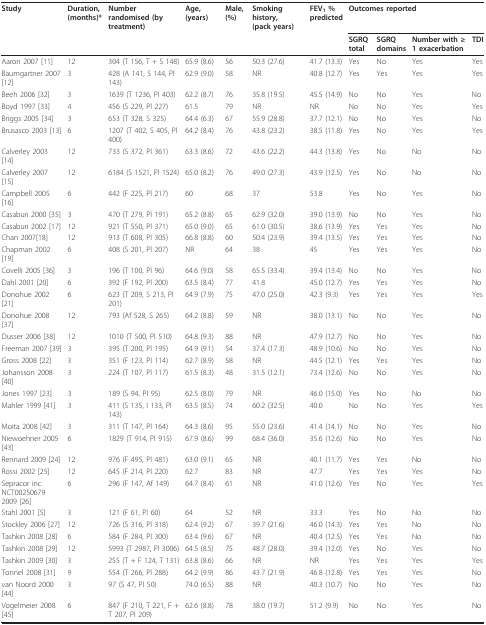
<table><thead><tr><td><b>Study</b></td><td><b>Duration, (months)*</b></td><td><b>Number randomised (by treatment)</b></td><td><b>Age, (years)</b></td><td><b>Male, (%)</b></td><td><b>Smoking history, (pack years)</b></td><td><b>FEV<sub>1 </sub>% predicted</b></td><td colspan="4"><b>Outcomes reported</b></td></tr><tr><td></td><td></td><td></td><td></td><td></td><td></td><td></td><td><b>SGRQ total</b></td><td><b>SGRQ domains</b></td><td><b>Number with ≥ 1 exacerbation</b></td><td><b>TDI</b></td></tr></thead><tbody><tr><td>Aaron 2007 [11]</td><td>12</td><td>304 (T 156, T + S 148)</td><td>65.9 (8.6)</td><td>56</td><td>50.3 (27.6)</td><td>41.7 (13.3)</td><td>Yes</td><td>No</td><td>Yes</td><td>Yes</td></tr><tr><td>Baumgartner 2007 [12]</td><td>3</td><td>428 (A 141, S 144, Pl 143)</td><td>62.9 (9.0)</td><td>58</td><td>NR</td><td>40.8 (12.7)</td><td>Yes</td><td>Yes</td><td>Yes</td><td>Yes</td></tr><tr><td>Beeh 2006 [32]</td><td>3</td><td>1639 (T 1236, Pl 403)</td><td>62.2 (8.7)</td><td>76</td><td>35.8 (19.5)</td><td>45.5 (14.9)</td><td>No</td><td>No</td><td>Yes</td><td>No</td></tr><tr><td>Boyd 1997 [33]</td><td>4</td><td>456 (S 229, Pl 227)</td><td>61.5</td><td>79</td><td>NR</td><td>NR</td><td>No</td><td>No</td><td>Yes</td><td>Yes</td></tr><tr><td>Briggs 2005 [34]</td><td>3</td><td>653 (T 328, S 325)</td><td>64.4 (6.3)</td><td>67</td><td>55.9 (28.8)</td><td>37.7 (12.1)</td><td>No</td><td>No</td><td>Yes</td><td>No</td></tr><tr><td>Brusasco 2003 [13]</td><td>6</td><td>1207 (T 402, S 405, Pl 400)</td><td>64.2 (8.4)</td><td>76</td><td>43.8 (23.2)</td><td>38.5 (11.8)</td><td>Yes</td><td>No</td><td>Yes</td><td>Yes</td></tr><tr><td>Calverley 2003 [14]</td><td>12</td><td>733 (S 372, Pl 361)</td><td>63.3 (8.6)</td><td>72</td><td>43.6 (22.2)</td><td>44.3 (13.8)</td><td>Yes</td><td>No</td><td>No</td><td>No</td></tr><tr><td>Calverley 2007 [15]</td><td>12</td><td>6184 (S 1521, Pl 1524)</td><td>65.0 (8.2)</td><td>76</td><td>49.0 (27.3)</td><td>43.9 (12.5)</td><td>Yes</td><td>No</td><td>No</td><td>No</td></tr><tr><td>Campbell 2005 [16]</td><td>6</td><td>442 (F 225, Pl 217)</td><td>60</td><td>68</td><td>37</td><td>53.8</td><td>Yes</td><td>No</td><td>Yes</td><td>No</td></tr><tr><td>Casaburi 2000 [35]</td><td>3</td><td>470 (T 279, Pl 191)</td><td>65.2 (8.8)</td><td>65</td><td>62.9 (32.0)</td><td>39.0 (13.9)</td><td>No</td><td>No</td><td>Yes</td><td>No</td></tr><tr><td>Casaburi 2002 [17]</td><td>12</td><td>921 (T 550, Pl 371)</td><td>65.0 (9.0)</td><td>65</td><td>61.0 (30.5)</td><td>38.6 (13.9)</td><td>Yes</td><td>Yes</td><td>Yes</td><td>No</td></tr><tr><td>Chan 2007[18]</td><td>12</td><td>913 (T 608, Pl 305)</td><td>66.8 (8.8)</td><td>60</td><td>50.4 (23.9)</td><td>39.4 (13.5)</td><td>Yes</td><td>Yes</td><td>Yes</td><td>No</td></tr><tr><td>Chapman 2002 [19]</td><td>6</td><td>408 (S 201, Pl 207)</td><td>NR</td><td>64</td><td>38</td><td>45</td><td>Yes</td><td>Yes</td><td>Yes</td><td>No</td></tr><tr><td>Covelli 2005 [36]</td><td>3</td><td>196 (T 100, Pl 96)</td><td>64.6 (9.0)</td><td>58</td><td>65.5 (33.4)</td><td>39.4 (13.4)</td><td>No</td><td>No</td><td>Yes</td><td>No</td></tr><tr><td>Dahl 2001 [20]</td><td>6</td><td>392 (F 192, Pl 200)</td><td>63.5 (8.4)</td><td>77</td><td>41.8</td><td>45.0 (12.7)</td><td>Yes</td><td>Yes</td><td>Yes</td><td>No</td></tr><tr><td>Donohue 2002 [21]</td><td>6</td><td>623 (T 209, S 213, Pl 201)</td><td>64.9 (7.9)</td><td>75</td><td>47.0 (25.0)</td><td>42.3 (9.3)</td><td>Yes</td><td>Yes</td><td>Yes</td><td>Yes</td></tr><tr><td>Donohue 2008 [37]</td><td>12</td><td>793 (Af 528, S 265)</td><td>64.2 (8.8)</td><td>59</td><td>NR</td><td>38.0 (13.1)</td><td>No</td><td>No</td><td>Yes</td><td>No</td></tr><tr><td>Dusser 2006 [38]</td><td>12</td><td>1010 (T 500, Pl 510)</td><td>64.8 (9.3)</td><td>88</td><td>NR</td><td>47.9 (12.7)</td><td>No</td><td>No</td><td>Yes</td><td>No</td></tr><tr><td>Freeman 2007 [39]</td><td>3</td><td>395 (T 200, Pl 195)</td><td>64.9 (9.1)</td><td>54</td><td>37.4 (17.3)</td><td>48.9 (10.6)</td><td>No</td><td>No</td><td>Yes</td><td>No</td></tr><tr><td>Gross 2008 [22]</td><td>3</td><td>351 (F 123, Pl 114)</td><td>62.7 (8.9)</td><td>58</td><td>NR</td><td>44.5 (12.1)</td><td>Yes</td><td>Yes</td><td>Yes</td><td>No</td></tr><tr><td>Johansson 2008 [40]</td><td>3</td><td>224 (T 107, Pl 117)</td><td>61.5 (8.3)</td><td>48</td><td>31.5 (12.1)</td><td>73.4 (12.6)</td><td>No</td><td>No</td><td>Yes</td><td>No</td></tr><tr><td>Jones 1997 [23]</td><td>3</td><td>189 (S 94, Pl 95)</td><td>62.5 (8.0)</td><td>79</td><td>NR</td><td>46.0 (15.0)</td><td>Yes</td><td>No</td><td>No</td><td>No</td></tr><tr><td>Mahler 1999 [41]</td><td>3</td><td>411 (S 135, I 133, Pl 143)</td><td>63.5 (8.5)</td><td>74</td><td>60.2 (32.5)</td><td>40.0</td><td>No</td><td>No</td><td>Yes</td><td>Yes</td></tr><tr><td>Moita 2008 [42]</td><td>3</td><td>311 (T 147, Pl 164)</td><td>64.3 (8.6)</td><td>95</td><td>55.0 (23.6)</td><td>41.4 (14.1)</td><td>No</td><td>No</td><td>Yes</td><td>No</td></tr><tr><td>Niewoehner 2005 [43]</td><td>6</td><td>1829 (T 914, Pl 915)</td><td>67.9 (8.6)</td><td>99</td><td>68.4 (36.0)</td><td>35.6 (12.6)</td><td>No</td><td>No</td><td>Yes</td><td>No</td></tr><tr><td>Rennard 2009 [24]</td><td>12</td><td>976 (F 495, Pl 481)</td><td>63.0 (9.1)</td><td>65</td><td>NR</td><td>40.1 (11.7)</td><td>Yes</td><td>Yes</td><td>No</td><td>No</td></tr><tr><td>Rossi 2002 [25]</td><td>12</td><td>645 (F 214, Pl 220)</td><td>62.7</td><td>83</td><td>NR</td><td>47.7</td><td>Yes</td><td>Yes</td><td>Yes</td><td>No</td></tr><tr><td>Sepracor inc. NCT00250679 2009 [26]</td><td>6</td><td>296 (F 147, Af 149)</td><td>64.7 (8.4)</td><td>61</td><td>NR</td><td>41.0 (12.6)</td><td>Yes</td><td>No</td><td>Yes</td><td>Yes</td></tr><tr><td>Stahl 2001 [5]</td><td>3</td><td>121 (F 61, Pl 60)</td><td>64</td><td>52</td><td>NR</td><td>33.3</td><td>Yes</td><td>No</td><td>No</td><td>No</td></tr><tr><td>Stockley 2006 [27]</td><td>12</td><td>726 (S 316, Pl 318)</td><td>62.4 (9.2)</td><td>67</td><td>39.7 (21.6)</td><td>46.0 (14.3)</td><td>Yes</td><td>Yes</td><td>No</td><td>No</td></tr><tr><td>Tashkin 2008 [28]</td><td>6</td><td>584 (F 284, Pl 300)</td><td>63.4 (9.6)</td><td>67</td><td>NR</td><td>40.4 (12.5)</td><td>Yes</td><td>Yes</td><td>No</td><td>No</td></tr><tr><td>Tashkin 2008 [29]</td><td>12</td><td>5993 (T 2987, Pl 3006)</td><td>64.5 (8.5)</td><td>75</td><td>48.7 (28.0)</td><td>39.4 (12.0)</td><td>Yes</td><td>No</td><td>Yes</td><td>No</td></tr><tr><td>Tashkin 2009 [30]</td><td>3</td><td>255 (T + F 124, T 131)</td><td>63.8 (8.6)</td><td>66</td><td>NR</td><td>NR</td><td>Yes</td><td>Yes</td><td>Yes</td><td>Yes</td></tr><tr><td>Tonnel 2008 [31]</td><td>9</td><td>554 (T 266, Pl 288)</td><td>64.2 (9.9)</td><td>86</td><td>43.7 (21.9)</td><td>46.8 (12.8)</td><td>Yes</td><td>Yes</td><td>Yes</td><td>No</td></tr><tr><td>van Noord 2000 [44]</td><td>3</td><td>97 (S 47, Pl 50)</td><td>74.0 (6.5)</td><td>88</td><td>NR</td><td>40.3 (10.7)</td><td>No</td><td>No</td><td>Yes</td><td>No</td></tr><tr><td>Vogelmeier 2008 [45]</td><td>6</td><td>847 (F 210, T 221, F + T 207, Pl 209)</td><td>62.6 (8.8)</td><td>78</td><td>38.0 (19.7)</td><td>51.2 (9.9)</td><td>No</td><td>No</td><td>Yes</td><td>No</td></tr></tbody></table>